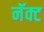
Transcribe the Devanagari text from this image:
नॅक्ट